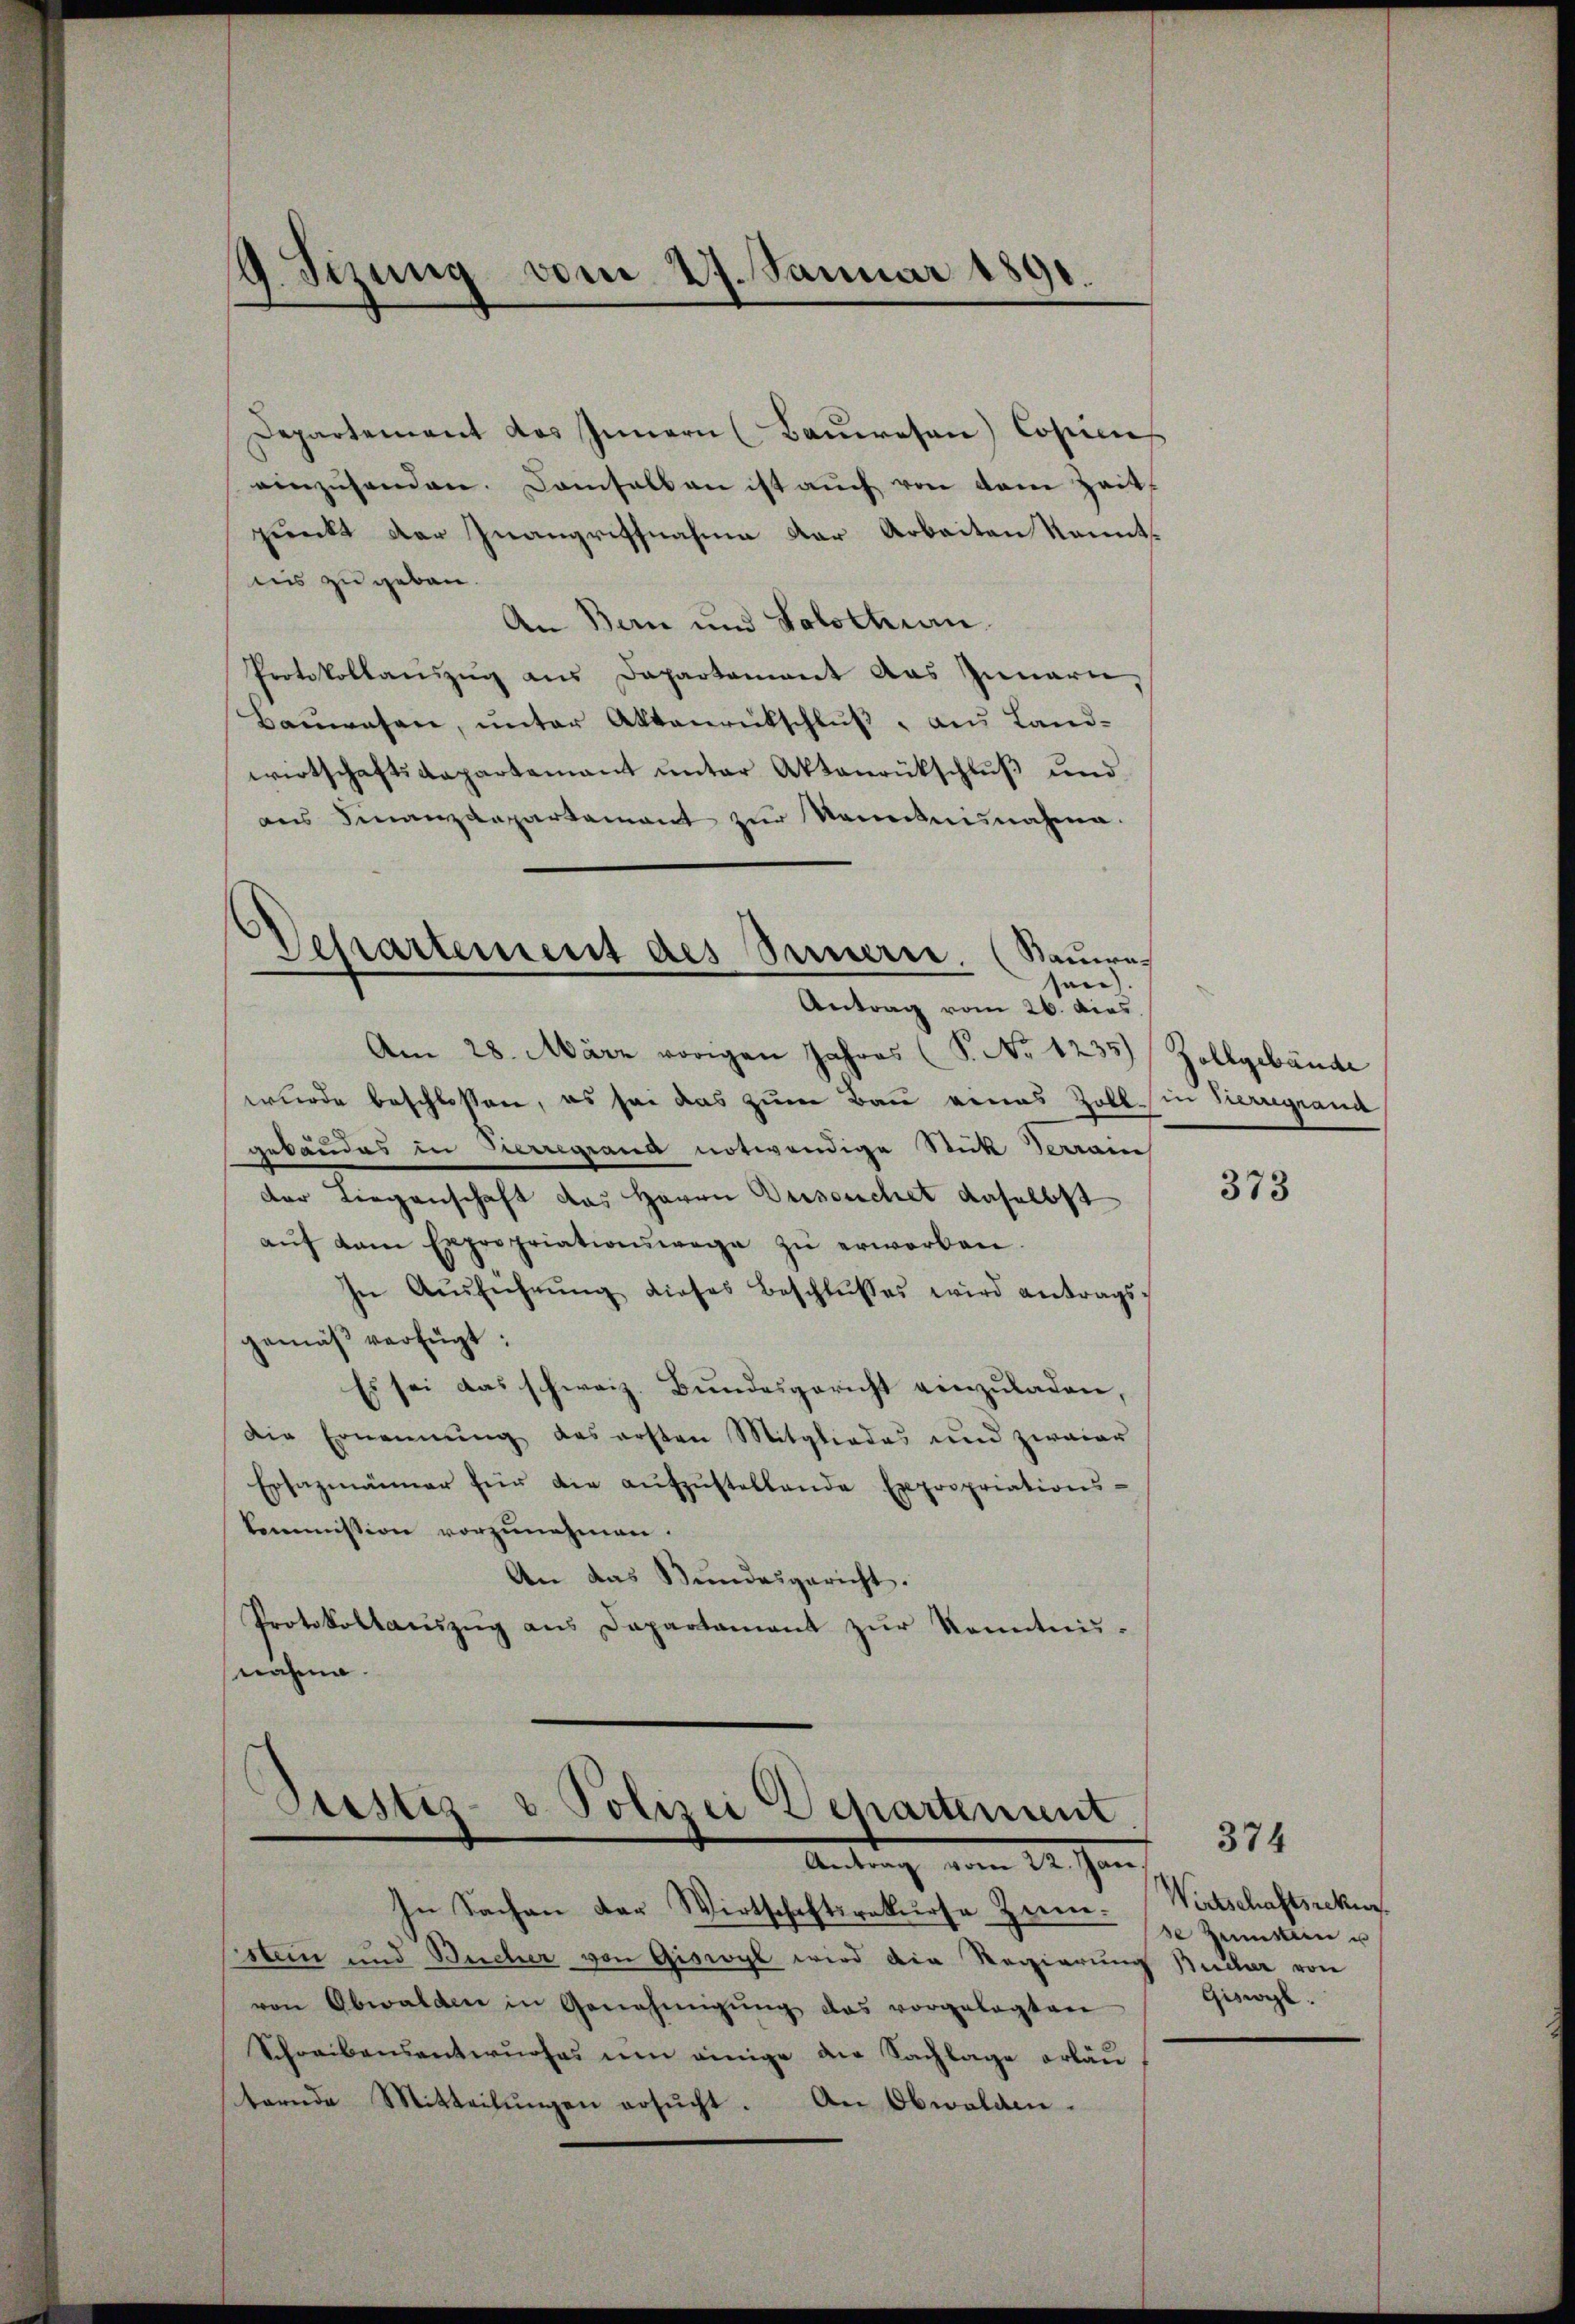
19. Sezung vom 27. Januar 1891.

Departement das Innern (Bauwesen Copien
einzusenden. Damsalb an ist auch von dem Zeit
punkt der Inangriffnahme der Arbeiten kannt.
nis zu geben.
An Bern und Solothurn.
Protokollauszug aus Departement das Innern
Baŭwesen, unter Aktenrückschluß, aus Land-
wirtschaftsdepartamant ŭnter Aktenrückschlŭβ ŭnd
aus Finanzdepartement zur Kenntnisnahme.
Am 28. März vorigen Jahres (S. No 1235)
wurde beschlossen, es sei das zum Bau eines Zoll in Herregrand
gebandes in Herregrand notwendige Stick Terrain
der Liegenschaft das Herrn Versuchet daselbst
aŭf dem Expropriationswege zŭ erworben.
In Aŭsführŭng dieses Beschlŭsses wird antragsgemäß verfügt:
Es sei das schweiz. Bundesgericht einzuladen,
Die Ernennung des ersten Mitgliedes und zwaiar
Ersazmänner für die aŭfzŭstellende Expropriations-
kommission vorzunehmen.
An das Bundesgericht.
Protokollacszŭg ans Departament zŭr Kenntnis-
nahme.

Departement des Sinnern (Sauere
sen).
Antrag vom 26. dies

Justiz- & Polizei Departement
Antrag vom 22. Jan

In Sachen der Wirtschaftsrekurse Ziem-
stein und Bucher von Giswyl wird die Regierung Bücher von
von Obwalden in Genehmigŭng das vorgelegten
Schreibensantwurfes um einige die Sachlage erbau-
ternde Mitteilŭngen ersŭcht. An Obwalden.

Zollgebäude

373

Wirtschaftsrekur
se Zemsten u
Giswyl.

374